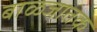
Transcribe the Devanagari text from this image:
बाळजातक